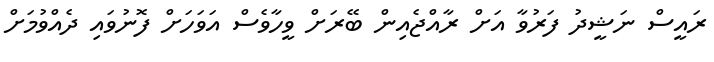
ރައީސް ނަޝީދު ފަރުވާ އަށް ރާއްޖެއިން ބޭރަށް ވީހާވެސް އަވަހަށް ފޮނުވައި ދެއްވުމަށް